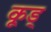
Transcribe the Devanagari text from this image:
कूड्